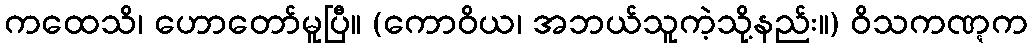
ကထေသိ၊ ဟောတော်မူပြီ။ (ကောဝိယ၊ အဘယ်သူကဲ့သို့နည်း။) ဝိသကဏ္ဋက